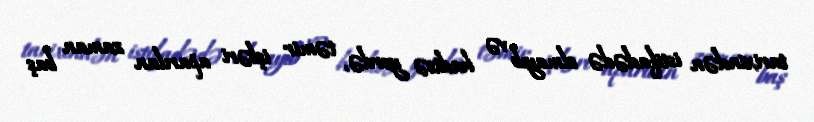
tarixindən istifadədə olmayıb və hadisə yerdə, təmir işləri aparılan zaman baş